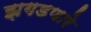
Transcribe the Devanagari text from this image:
झगडणारे